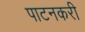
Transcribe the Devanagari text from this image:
पाटनकरी